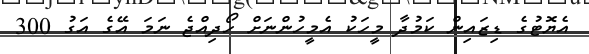
އެޔޮޓުގެ ޑިޒައިން ކަމުދާ މީހަކު އެމީހުންނަށް ހޯދިއްޖެ ނަމަ އޭގެ އަގު 300